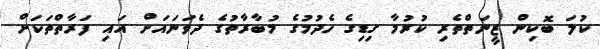
ކުލަ ބޮކިން ޒީނަތްތެރި ކުރުމާ ގިޑިގެ ހެދުމުގެ މުބާރާތުގެ ދެވަނައަށް އައި ފަރާތްތަކަށް